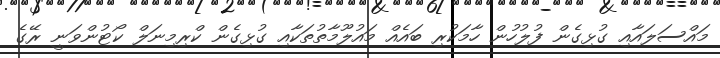
މައްސަލައާއި ގުޅިގެން ފުލުހުން ހާމަކުރި ބައެއް މައުލޫމާތުތަކާއި ގުޅިގެން ކްރިމިނަލް ކޯޓުންވަނީ ރޭގެ